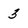
Character: 3